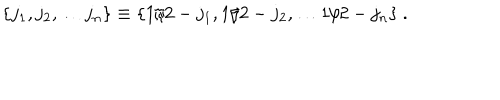
LaTeX: \{ j _ { 1 } , j _ { 2 } , \dots j _ { n } \} \equiv \{ 1 / 2 - j _ { 1 } , 1 / 2 - j _ { 2 } , \dots 1 / 2 - j _ { n } \} \ .